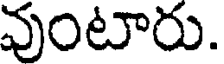
వుంటారు.